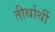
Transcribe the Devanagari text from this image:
तीर्थार्थी